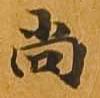
尚